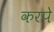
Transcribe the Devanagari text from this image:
करपे